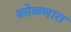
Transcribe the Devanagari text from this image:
कोळणारा